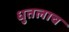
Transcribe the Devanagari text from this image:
धुतलाच